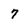
Character: 7